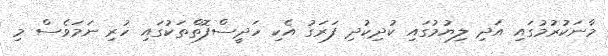
މާނަކުރުމުގައި އަދި ލިޔުމުގައި ކުދިކުދި ފަރަގު އެކި ހަދީސްފޮތްތަކުގައި ހުރި ނަމަވެސް މި